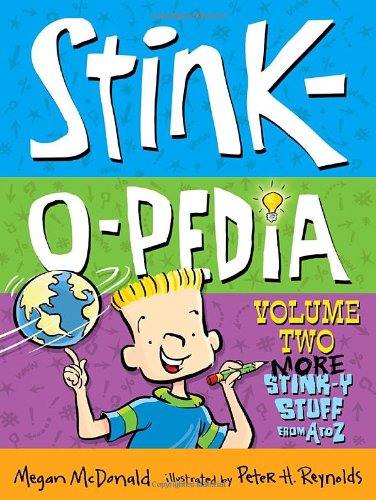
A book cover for Stink-O-Pedia Volume 2: More Stink-y Stuff from A to Z; Megan McDonald; Reference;